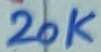
Text: 20K